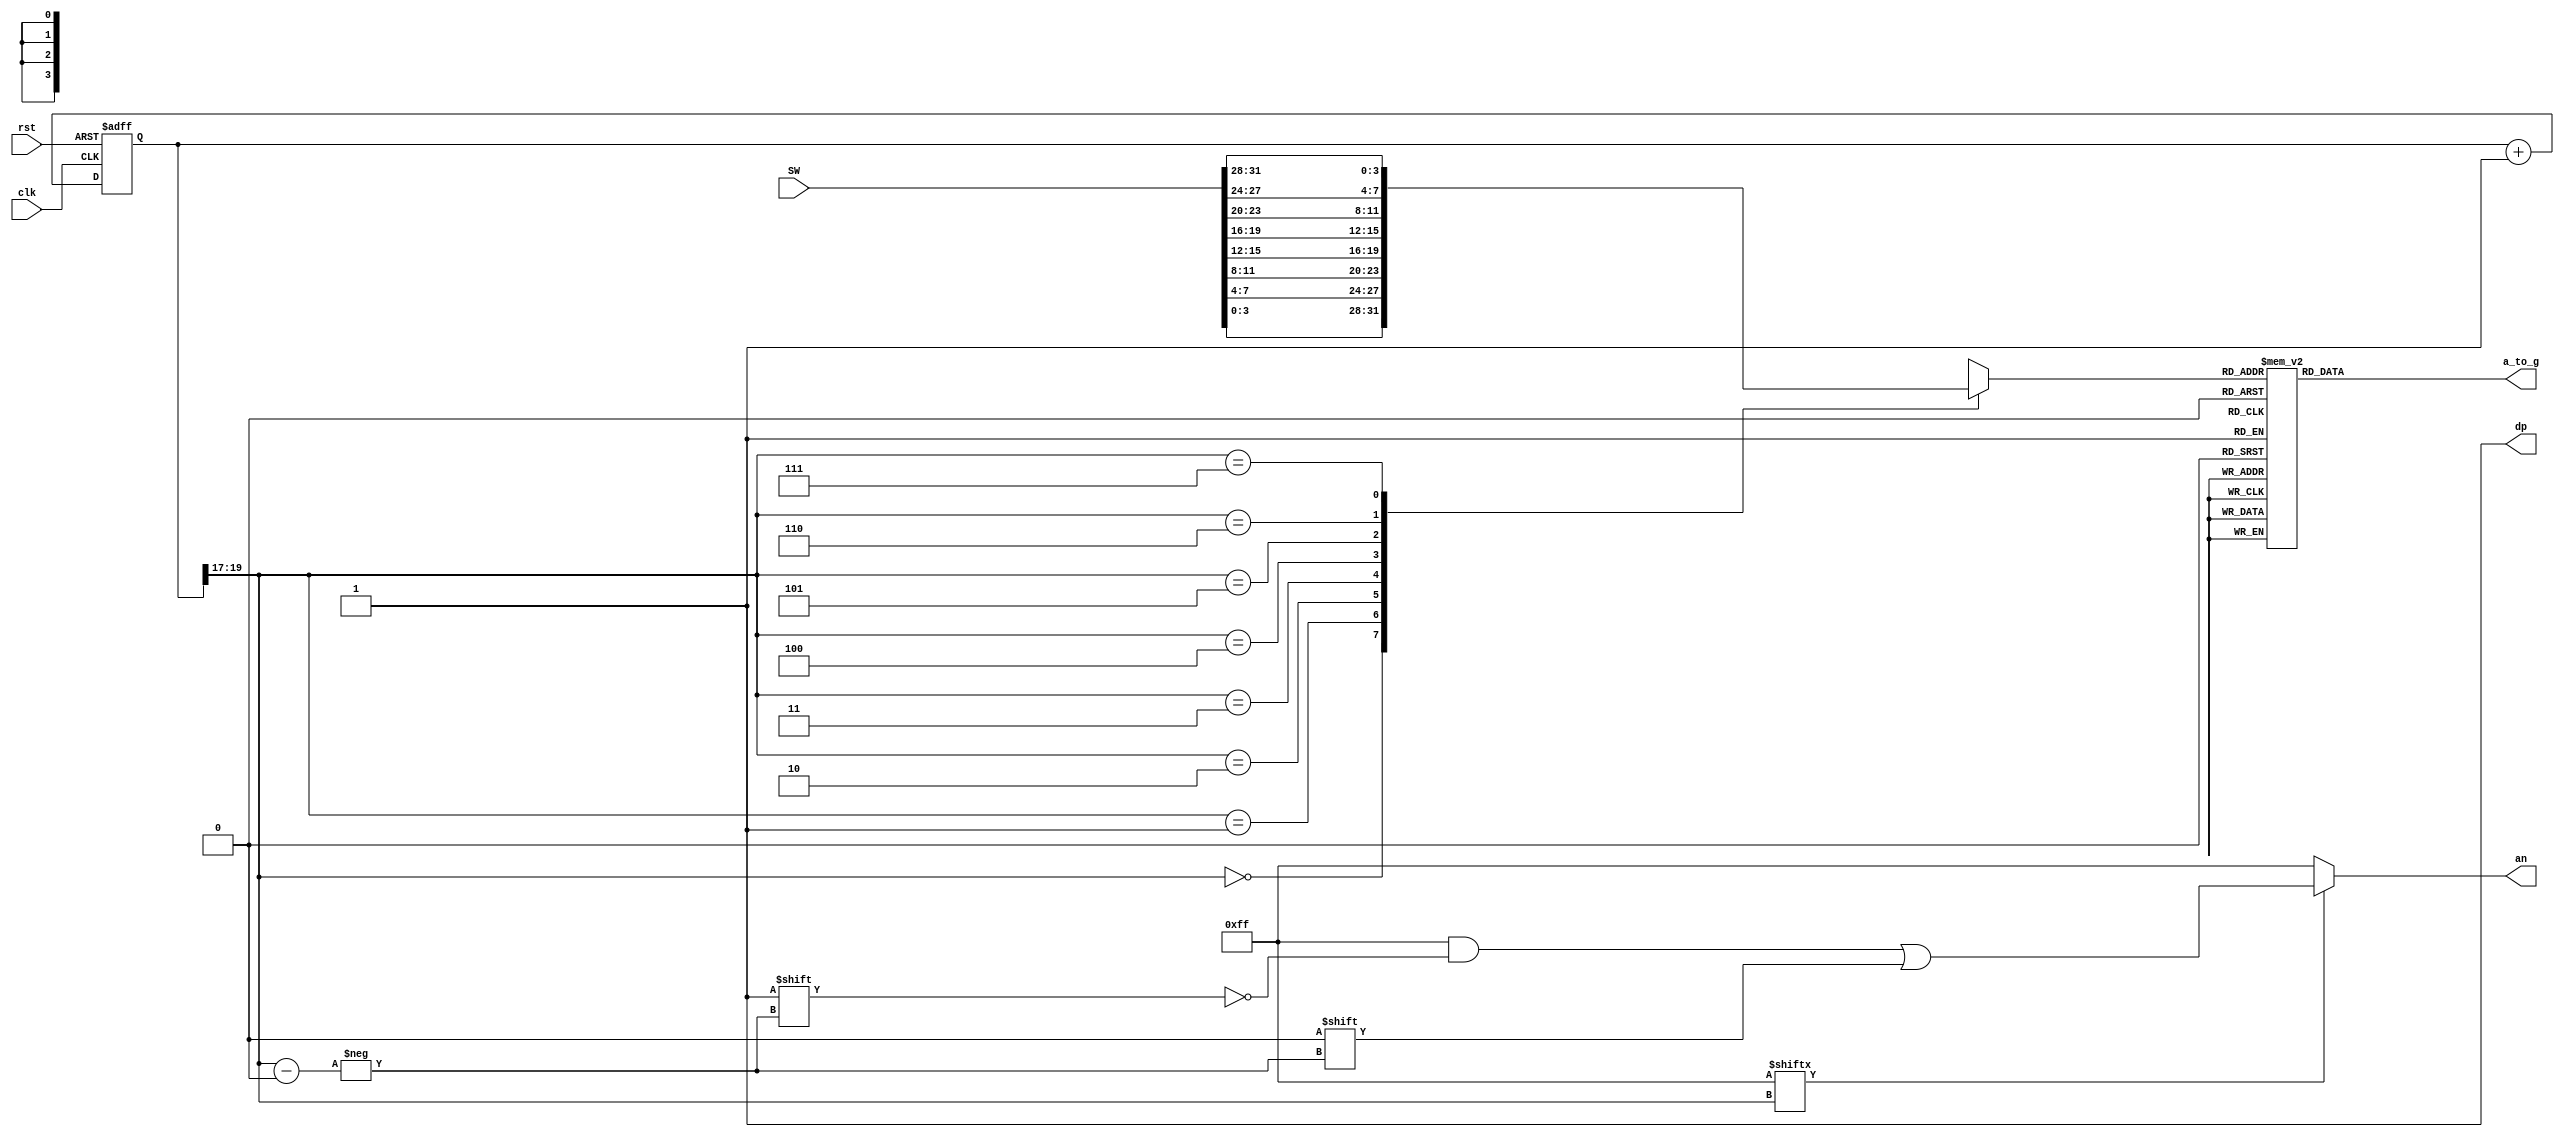
`timescale 1ns / 1ps
//////////////////////////////////////////////////////////////////////////////////
// Company: 
// Engineer: 
// 
// Design Name: 
// Module Name: sdd_gen
// Project Name: 
// Target Devices: 
// Tool Versions: 
// Description: 
// 
// Dependencies: 
// 
// Revision:
// Revision 0.01 - File Created
// Additional Comments:
// 
//////////////////////////////////////////////////////////////////////////////////

//`define an_control 8'b00000000
`define dp_off   1'b1 
`define initial_digit 8'b11111111

module sdd_gen(
                input [31:0] SW,
                input clk,
                input rst,
                output reg [6:0] a_to_g,
                output reg [7:0] an,
                output wire dp
              );
              
assign dp  = `dp_off; 

wire [2:0] s;
wire [7:0] aen;
reg [19:0] clkdiv; 
reg [3:0] digit;
assign s = clkdiv[19:17]; 
assign aen = `initial_digit; 



// clock divider 
    always@(posedge clk or posedge rst)
        begin 
            if (rst)
                clkdiv <= 0;
            else 
                clkdiv <= clkdiv+1; 
        end 
        
// digit select :ancode 
            always@(aen, s)
                begin 
                    an = 8'b11111111; 
                    if(aen[s] == 1)
                        an[s] = 0;
                end 
            
            // 4-to-1 Mux: mux4x1 
            always@(s, SW)
               begin 
                case(s)
                    0: digit = SW[3 : 0]; 
                    1: digit = SW[7 : 4];
                    2: digit = SW[11: 8];
                    3: digit = SW[15:12]; 
                    4: digit = SW[19:16];
                    5: digit = SW[23:20];
                    6: digit = SW[27:24];
                    7: digit = SW[31:28];
              default: digit = 4'bZZZZ;     
                endcase
              end 

// 7-segement decoder : hex7seg 

always@(digit)
    begin 
        case(digit)
                0: a_to_g = 7'b0000001;
                1: a_to_g = 7'b1001111;
                2: a_to_g = 7'b0010010;
                3: a_to_g = 7'b0000110;
                4: a_to_g = 7'b1001100;
                5: a_to_g = 7'b0100100;
                6: a_to_g = 7'b0100000;
                7: a_to_g = 7'b0001111;
                8: a_to_g = 7'b0000000;
                9: a_to_g = 7'b0000100;
              'hA: a_to_g = 7'b0001000;
              'hB: a_to_g = 7'b1100000;
              'hC: a_to_g = 7'b0110001;
              'hD: a_to_g = 7'b1000010;
              'hE: a_to_g = 7'b0110000;
              'hF: a_to_g = 7'b0111000;
              
          default: a_to_g = 7'bZZZZZZZ;
        endcase 
    end             

              
endmodule